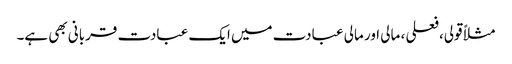
مثلاً قولی،فعلی ، مالی اور مالی عبادت میں ایک عبادت قربانی بھی ہے۔